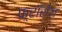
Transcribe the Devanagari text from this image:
फ़्राँसेज़